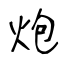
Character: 炮